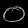
Digit: ၀